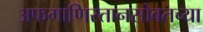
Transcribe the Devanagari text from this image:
अफगाणिस्तानसोबतच्या